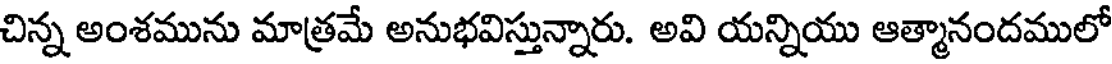
చిన్న అంశమును మాత్రమే అనుభవిస్తున్నారు. అవి యన్నియు ఆత్మానందములో